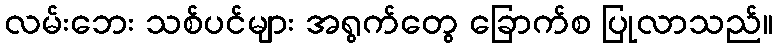
လမ်းဘေး သစ်ပင်များ အရွက်တွေ ခြောက်စ ပြုလာသည်။